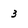
Character: 3